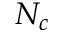
N _ { c }